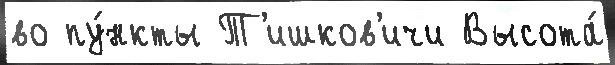
во пу́нкты Т'ишков'ичи Высота́